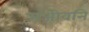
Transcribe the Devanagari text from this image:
संजीवनि